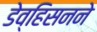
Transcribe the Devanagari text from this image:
डेव्हिसनने